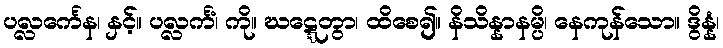
ပလ္လင်္ကေန၊ နှင့်။ ပလ္လင်္ကံ၊ ကို။ ဃဋ္ဋေတွာ၊ ထိစေ၍။ နိသိန္နာနမ္ပိ၊ နေကုန်သော။ ဒွိန္နံ၊